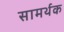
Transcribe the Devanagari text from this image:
सामर्थक